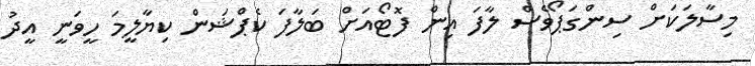
މިސާލަކަށް ސިންގަޕޯވެސް ލާފަ އިން ފޮޓޯއަށް ބަލާފަ ކެޕްޝަން ކިޔާލީމަ ހީވަނީ އީދު